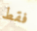
فقط